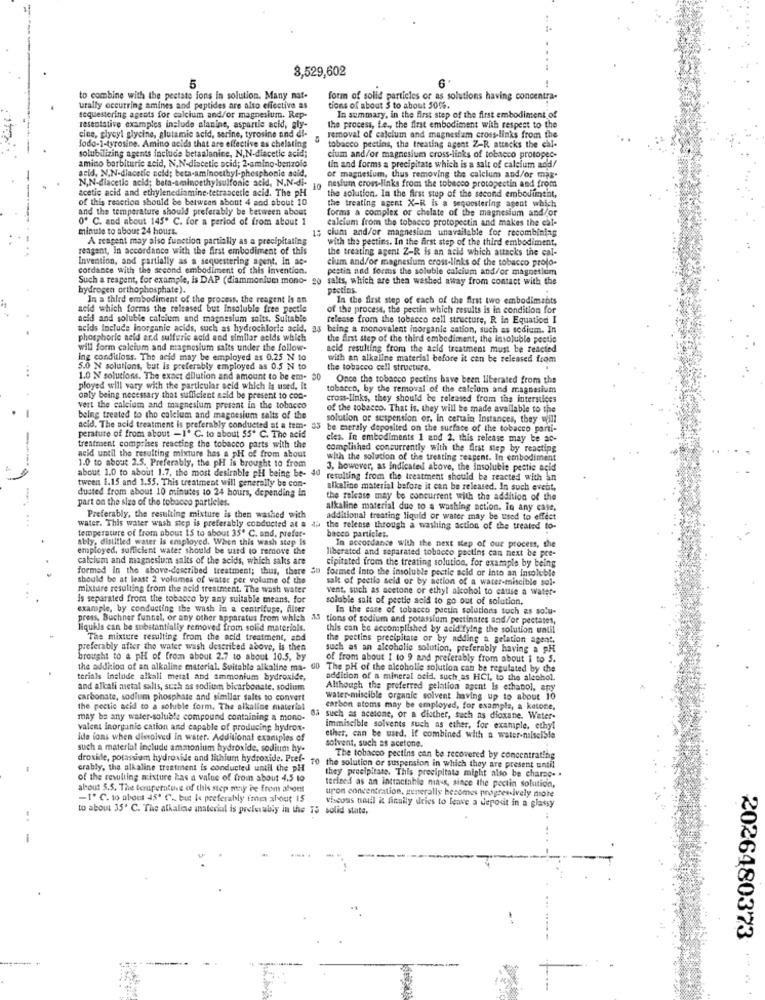
3,529,602
5
to combine with the pectate ions in solution. Many nat-
form of solid particles or as solutions having concentra-
urally occurring amines and peptides are also effective as
tions of about $ to about 5016.
sequestoring agents for calcium and/or magnesium. Rep-
In summary, in the first step of the first embodiment of
resentative examples include alanine, aspartle acid, gly-
the process, f.e ., the first embodiment with respect to the
cine, glycyl glycine, glutamic acid, serine, tyrosine and di-
removal of calcium and magnesium cross-links from the
Todo-1-tyrosine. Amino acids that are effective as chelating
solubilizing agents include betaalanine, N,N-diacetic acid;
tobacco pectina, the treating agent Z-R attacks the chi-
amino barbituric acid, N,N-diacetic acid; 2-amino-benzoio
cium and/or magnesium cross-links of tobacco protopes-
acid, N,N-diacetic acid: beta-aminoethyl-phosphonic acid,
tin and forms a precipitate which is a salt of calcium and/
N,N-diacetic acid; beta-aminoethylsulfonic acid, N.N-di-
nestum cross-links from the tobacco protopectin and from
of magnesium, thus removing the calcium and/or mas.
acetic acid and ethylenediamine-tetraacetic acid. The pH
10
of this reaction should be between about 4 and about 10
the solution. In the first stop of the second embodiment,
and the temperature should preferably be between about
the treating agent X-R is a seqoostering agent which
forms a complex or chelate of the magnesium and/or
0º C. and about 145. C. for a period of from about 1
calcium from the tobacco protopectin and makes the cal-
minute to about 24 hours.
15 cium and/or magnesium unavailable for recombining
A reagent may also function partially as a precipitating
with the pectins. In the first step of the third embodiment,
reagent, In accordance with the first embodiment of this
the treating agent Z-R is an acid which attacks the cal-
Invention, and partially as a sequestering agent. In ac-
cium and/or magnesium cross-links of the tobacco proto-
cordance with the second embodiment of this invention.
pestin and forms the soluble calcium and/or magnesium
Such a reagent, for example, is DAP (diammonium mono-
Such a reagent, for example, is DAP (diammonium mono- 20 salts, which are thea washed away from contact with the
hydrogen orthophosphate).
pectins.
In a third embodiment of the prosess, the reagent Is on
In the first step of each of the first two embodiments
seid which forms the released but insoluble free poctie
of the process, the pectin which results is in condition for
acid and soluble calcium and magnesium salts. Suitable
release from the tobacco coll structure, R in Equation I
acids Include inorganic acids, such as hydrochloric acid, as being a monovalent inorganic cation, such as sodium. In
phosphoric acid and sulfuric acid and similar acids which
the Arst step of the third embodiment, the insoluble poetic
will form calcium and magnesium salts under the follow-
acid resulting from the acid treatment must be reacted
ing conditloss. The acid may be employed as 0.25 N to
with an alkaline material before it can be released from
5.0 N solutions, but is preferably employed as 0.5 N to
the tobacco cell structure.
1.0 N solutions. The exact dilution and amount to be em- 50
Once the tobacco pectins bave been liberated from the
ployed will vary with the particular acid which is used, it
tobacco, by the removal of the calciom and magnesium
only being necessary that sufficient aald be present to con-
cross-links, they should be released from the interstices
vert the calcium and magnesium present in the tobacco
of the tobacco. That is, they will be made available to the
being treated to tho calcium and magnesium salts of the
solution or suspension or, In certain Instances, they will
acid, The acid treatment is preferably conducted at a tem- 35
be meraly deposited on the surface of the tobacco parti-
perature of from about -1º C. to about 55" C. The acid
cles. in embodiments 1 and 2. this release may be ac-
treatment comprises reacting the tobacco parts with the
complished concurrently with the first step by reacting
acid until the resulting mixture has a pH of from about
with the solution of the treating seagent. In embodiment
1.0 to about 2.5. Preferably, the pH is brought to from
about 1.0 to about 1.7, the most desirable phi being be- 40
3, however, as Indicated above, the insoluble pectic acid
resulting from the treatment should be reacted with in
tween 1.15 and 1.55. This treatment will generally be con-
dusted from about 10 minutes to 24 hours, depending in
alkaline material before it can be released. In such event,
part on the size of the tobacco particles.
the release may be concurrent with the addition of the
alkaline material due to a washing action, In any case,
Preferably, the resulting mixture is then washed with
additional treating liquid or water may be used to effect
temperature of from about 15 to about 35' C. and, prefer-
water. This water wash step is preferably conducted at a du the relense through a washing action of the treated to-
bacco particles.
ably, distilled water is employed. When this wash step is
employed, sufficient water should be used to remove the
liberated and separated tobacco pectins can next be pre-
In accordance with the next step of our process, the
calcium and magnesium salts of the acids, which salts are
formed In the above-described treatment; thus, there 30
cipitated from the treating solution, for example by being
formed Into the insoluble pectic acid or into an insoluble
should be at least 2 volumes of water per volume of the
salt of pectio seid or by action of a water-miscible sol-
mixture resulting from the acid treatment. The wash water
vent, such as acetone or ethyl alcohol to cause a water-
is separated from tite tobacco by any suitable means. for
soluble salt of pectic acid to go out of solution.
example, by conducting the wash in a centrifuge, Alter
In the case of tobacco pectin solutions such as solu-
press, Buchner funnel, or any other apparatus from which
press, Buchner funnel, or any other apparatus from which as tions of sodium and potassium pectinates and/or pectates,
liquhis can be substantially removed from solid materials.
this can be accomplished by acid fying the solution until
The mixture resulting from the acid treatment, and
the pectins precipitate or by adding a gelation agent,
preferably after the water wash described above, is then
such as an alcoholic solution, preferably having a pH
brought to a pH of from about 2.7 to about 10.5, by
of from about I to 9 and preferably from about i to S.
the addition of an alkaline material. Suitable alkaline ma-
the addition of an alkaline material. Suitable alkaline ma- 00 The pH of the alcoholic solution can be regulated by the
torials include alkali metal and ammonium hydroxide,
addition of a mineral acid, such as HCI, to the alcohol.
and alkali metal salts, such as sodium bicarbonate, sodium
Although the preferred selation agent is ethanol, apy
carbonate, sodium phosphate and similar salts to convert
water-miscible organic solvent having up to about 10
the pectic acid to a soluble form. The alkaline material
carbon atoms may be employed, for example, a ketone,
may be any water-soluble compound containing a mono-
03 such as acetone, or a diother, such as dioxane. Water-
valent inorganic cation and capable of producing hydrox-
immiscible solvents such as ether, for example, ethyl
ide ions when dissolved In water. Additional examples of
solvent, such as acetone.
ether, can be used, if combined with a water-nilscible
such a material include ammonium hydroxide, sodium hy-
droxide, potassium hydroxide and lithium hydroxide. Pref-
70
The tobacco pectins can be recovered by concentrating
crably, the alkaline treatment is conducted until the pH
the solution or suspension in which they are present until
of the resulting mixture has a value of from about 4.5 10
they precipitate. This precipitata might also be charac. .
alsout 5.5. The teraperatine of this step may be from about
terized as an Intractable maus, since the pectin solution,
upon concentration, generally becomes progres-ively more
-1º C. to about 45º C. but le preferably from about 15
to about 35' C. The alkaline material is preferably in the 75 solid state.
viscous unul it finally deies to leave a deport in a glassy
2026480373